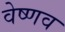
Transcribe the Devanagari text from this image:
वेष्णव